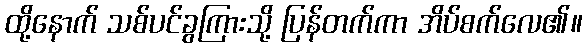
ထို့နောက် သစ်ပင်ခွကြားသို့ ပြန်တက်ကာ အိပ်စက်လေ၏။